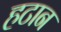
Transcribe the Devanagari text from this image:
हटान